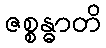
ဇစ္စန္ဓာတိ